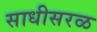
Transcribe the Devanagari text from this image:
साधीसरळ